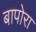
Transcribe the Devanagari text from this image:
बापोरा